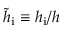
\tilde { h } _ { \mathrm { i } } \equiv h _ { \mathrm { i } } / h